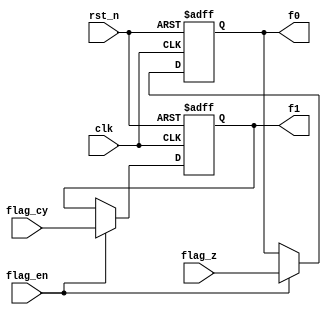
module flag (
    clk,
    rst_n,
    f1,
    f0,
    flag_en,
    flag_z,
    flag_cy
);
input clk,rst_n,flag_cy,flag_z,flag_en;
output f0,f1;
wire clk,rst_n,flag_cy,flag_z;
reg f0,f1;

always @(posedge clk or negedge rst_n) begin
    if (rst_n==0) begin
        f0 <= 0;
        f1 <= 0;
    end
    else if(flag_en) begin
        f0 <= flag_z;
        f1 <= flag_cy;
    end
end
endmodule